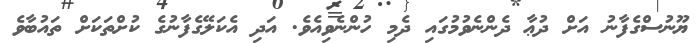
ޔޫނުސްގެފާނު އަށް ދުޢާ ދެންނެވުމުގައި ދެމި ހުންނެވިއެވެ. އަދި އެކަލޭގެފާނުގެ ކުށްތަކަށް ތައުބާވެ